Proceedings of the meeting of veterinary officers in India
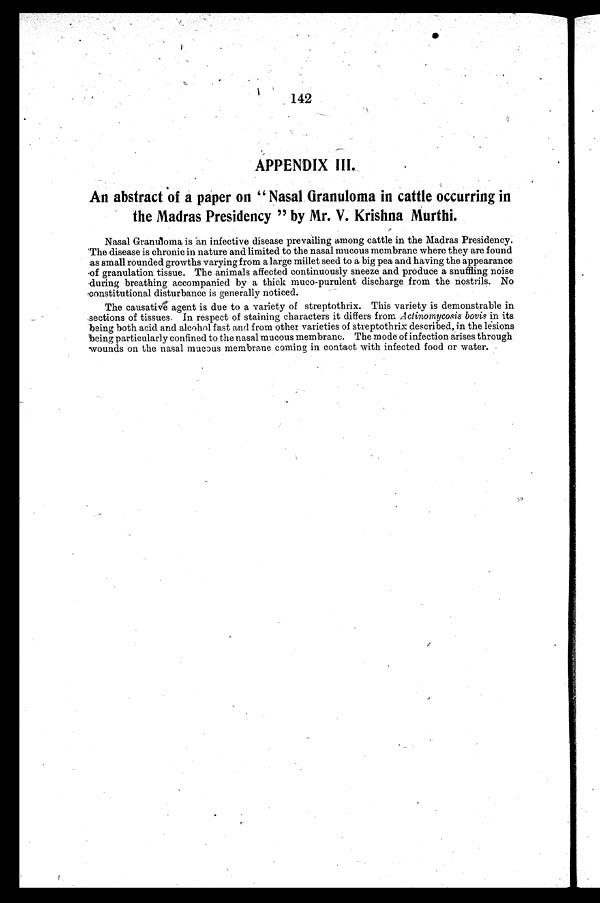
142
APPENDIX III.
An abstract of a paper on "Nasal Granuloma in cattle occurring in
the Madras Presidency" by Mr. V. Krishna Murthi.
Nasal Granuloma is an infective disease prevailing among cattle in the Madras Presidency.
The disease is chronic in nature and limited to the nasal mucous membrane where they are found
as small rounded growths varying from a large millet seed to a big pea and having the appearance
of granulation tissue. The animals affected continuously sneeze and produce a snuffling noise
during breathing accompanied by a thick muco-purulent discharge from the nostrils. No
constitutional disturbance is generally noticed.
The causative agent is due to a variety of streptothrix. This variety is demonstrable in
sections of tissues. In respect of staining characters it differs from Actinomycosis bovis in its
being both acid and alcohol fast and from other varieties of streptothrix described, in the lesions
being particularly confined to the nasal mucous membrane. The mode of infection arises through
wounds on the nasal mucous membrane coming in contact with infected food or water.